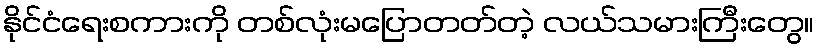
နိုင်ငံရေးစကားကို တစ်လုံးမပြောတတ်တဲ့ လယ်သမားကြီးတွေ။